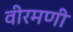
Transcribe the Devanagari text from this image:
वीरमणी